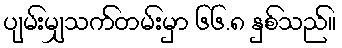
ပျမ်းမျှသက်တမ်းမှာ ၆၆.၈ နှစ်သည်။